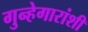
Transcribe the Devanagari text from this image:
गुन्हेगारांशी